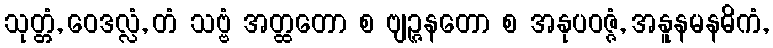
သုတ္တံ, ဝေဒလ္လံ, တံ သဗ္ဗံ အတ္ထတော စ ဗျဉ္ဇနတော စ အနုပဝဇ္ဇံ, အနူနမနဓိကံ,